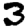
Digit: 3